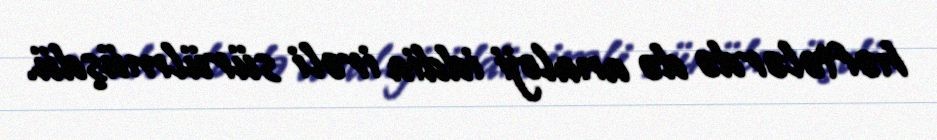
həftələrdə də analoji iddia irəli sürülmüşdü.